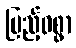
ပြည့်ဝစွာ